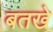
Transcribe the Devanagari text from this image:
बतखे